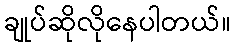
ချုပ်ဆိုလိုနေပါတယ်။